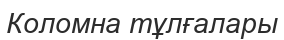
Коломна тұлғалары